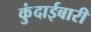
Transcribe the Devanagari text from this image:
कुंदाईबारी